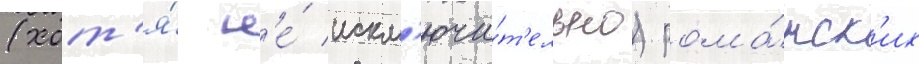
(хот'я́ н'е́ искл'ючи́т'ельно) рома́нск'их